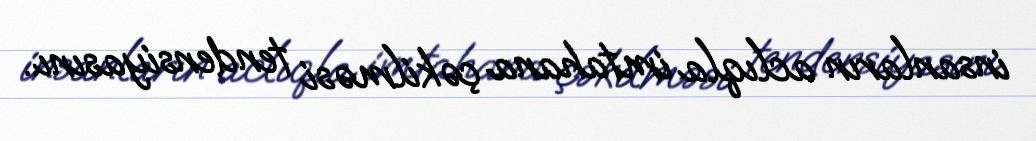
insanların aclıqla imtahana çəkilməsi tendensiyasını..